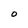
Character: O